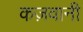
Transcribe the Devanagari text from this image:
कज़वानी